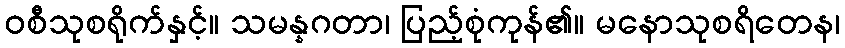
ဝစီသုစရိုက်နှင့်။ သမန္နဂတာ၊ ပြည့်စုံကုန်၏။ မနောသုစရိတေန၊